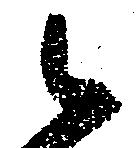
御